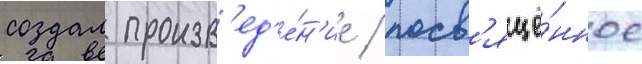
создал произв'ед'е́н'ие / посв'ящё́нное